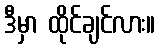
ဒီမှာ ထိုင်ချင်လား။